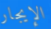
الإيجار